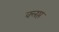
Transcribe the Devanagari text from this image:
क्लप्त